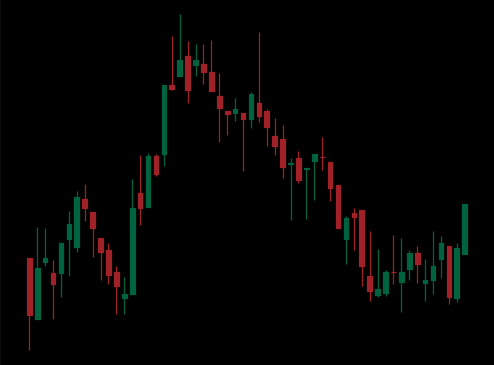
Pattern: head_shoulders